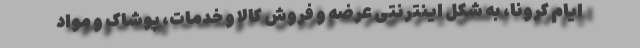
ایام کرونا، به شکل اینترنتی عرضه و فروش کالا و خدمات، پوشاک و مواد